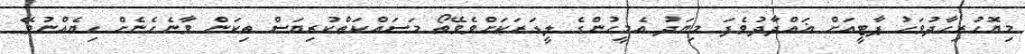
މިޔޮހުރިހާދުވަހު ޕާޓީއަށް ޣައްދާދުވެފަ މިޔަދު އެމީހުންގެ ލީޑަރަކަށްވެވޭތޯ މަސައްކަތްކުރިޔަސް ތިކަން ވާނެހެނެށް ހިޔެއްނުވޭ